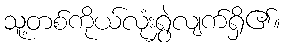
သူ့တစ်ကိုယ်လုံးရွှဲလျက်ရှိ၏။